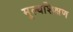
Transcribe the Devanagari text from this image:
मूल्यशिक्षण